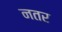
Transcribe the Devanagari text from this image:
नतर